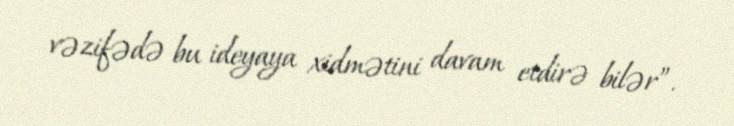
vəzifədə bu ideyaya xidmətini davam etdirə bilər”.